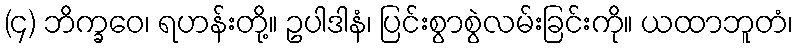
(၄) ဘိက္ခဝေ၊ ရဟန်းတို့။ ဥပါဒါနံ၊ ပြင်းစွာစွဲလမ်းခြင်းကို။ ယထာဘူတံ၊